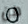
من